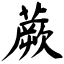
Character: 蕨